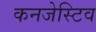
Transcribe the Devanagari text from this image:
कनजेस्टिव